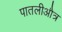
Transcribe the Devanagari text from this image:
पातलीऔत्र